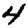
Digit: 4